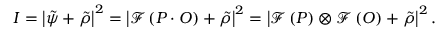
I = \left| \tilde { \psi } + \tilde { \rho } \right| ^ { 2 } = \left| \mathcal { F } \left( P \cdot O \right) + \tilde { \rho } \right| ^ { 2 } = \left| \mathcal { F } \left( P \right) \otimes \mathcal { F } \left( O \right) + \tilde { \rho } \right| ^ { 2 } .